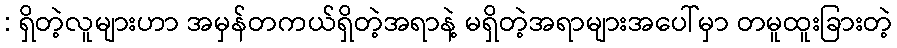
: ရှိတဲ့လူများဟာ အမှန်တကယ်ရှိတဲ့အရာနဲ့ မရှိတဲ့အရာများအပေါ်မှာ တမူထူးခြားတဲ့